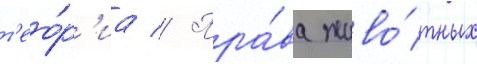
т'ео́р'иа // Пра́ва живо́тных